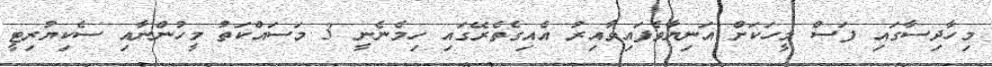
މިހާދިސާގައި ފަސް މީހަކަށް އަނިޔާވެފައިވާއިރު އެއިގެތެރޭގައި ހިމެނެނީ 3 މަސައްކަތު މީހުންނާއި ސެކިޔުރިޓީ